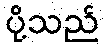
ပို့သည်